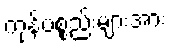
ကုန်ပစ္စည်းများအား